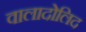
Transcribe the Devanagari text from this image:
वालादोलिद